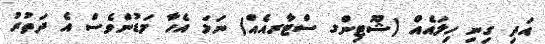
އަދި ގިނި ހިލައެއް (ޝޫޓިންގ ސްޓާރއެއް) ނަމަ އެހާ މަޑުންވެސް އެ ދަތުރު